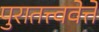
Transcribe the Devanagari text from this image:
पुरातत्त्ववेत्ते